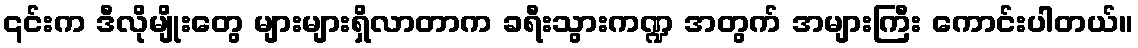
၎င်းက ဒီလိုမျိုးတွေ များများရှိလာတာက ခရီးသွားကဏ္ဍ အတွက် အများကြီး ကောင်းပါတယ်။